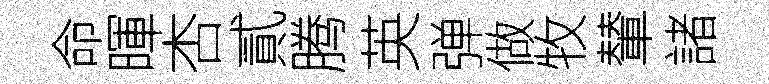
命暉杏貳腾英弹做牧輦諸